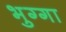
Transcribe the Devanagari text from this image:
भुग्गा